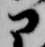
に